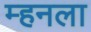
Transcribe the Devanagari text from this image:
म्हनला